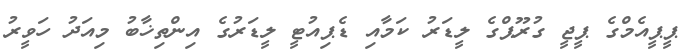
ޕީޕީއެމްގެ ޕީޖީ ގުރޫޕްގެ ލީޑަރު ކަމާއި ޑެޕިއުޓީ ލީޑަރުގެ އިންތިޚާބު މިއަދު ހަވީރު